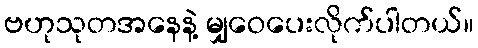
ဗဟုသုတအနေနဲ့ မျှဝေပေးလိုက်ပါတယ်။